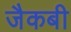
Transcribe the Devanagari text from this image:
जैकबी